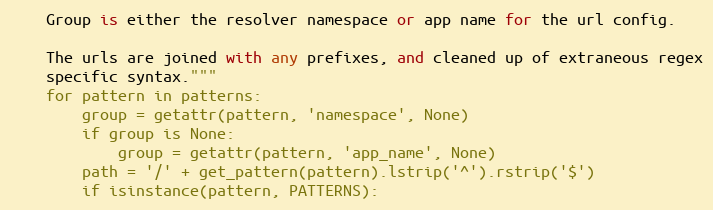
Language: Python
    Group is either the resolver namespace or app name for the url config.

    The urls are joined with any prefixes, and cleaned up of extraneous regex
    specific syntax."""
    for pattern in patterns:
        group = getattr(pattern, 'namespace', None)
        if group is None:
            group = getattr(pattern, 'app_name', None)
        path = '/' + get_pattern(pattern).lstrip('^').rstrip('$')
        if isinstance(pattern, PATTERNS):